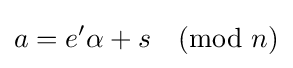
a=e'\alpha +s{\pmod {n}}